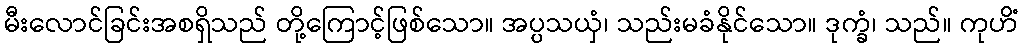
မီးလောင်ခြင်းအစရှိသည် တို့ကြောင့်ဖြစ်သော။ အပ္ပသယှံ၊ သည်းမခံနိုင်သော။ ဒုက္ခံ၊ သည်။ ကုဟိံ